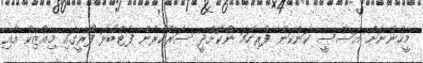
މީހުންނަށް އަސާސީ ކަންކަން ފުރިހަމަ ނުކޮށްދީ ސަރުކާރުން ފުޓްބޯޅަ ފޯރީގައި މިއުޒިކް އާއި